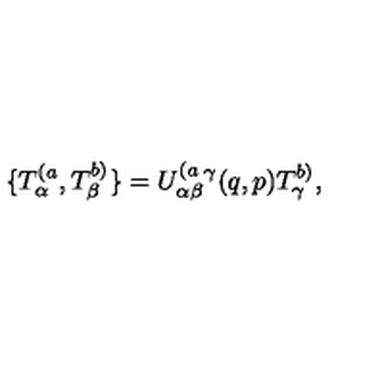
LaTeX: \{ T _ { \alpha } ^ { ( a } , T _ { \beta } ^ { b ) } \} = U _ { \alpha \beta } ^ { ( a } { } ^ { \gamma } ( q , p ) T _ { \gamma } ^ { b ) } ,